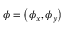
\boldsymbol { \phi } = \left( \phi _ { x } , \phi _ { y } \right)